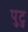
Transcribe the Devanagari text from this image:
पुटु